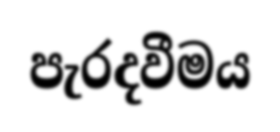
පැරදවීමය